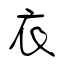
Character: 衣